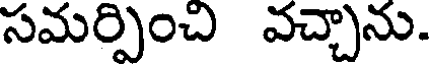
సమర్పించి వచ్చాను.